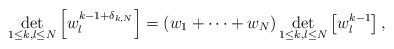
LaTeX: \begin{align*}\det_{1\leq k,l\leq N}\left[w_l^{k-1+\delta_{k,N}}\right]=(w_1+\dots+w_N)\det_{1\leq k,l\leq N}\left[w_l^{k-1}\right],\end{align*}